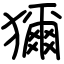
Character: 獮